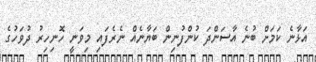
އަޅާނެ ކަމަށް ބުނެ އާސަންދަ ކުންފުނިން ބަޔާނެއް ނެރެފައި މިވަނީ ހޮނިހިރު ދުވަހުގެ